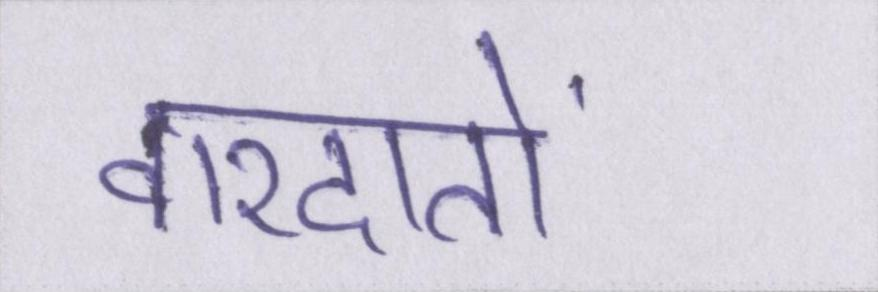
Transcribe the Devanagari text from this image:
वारदातों